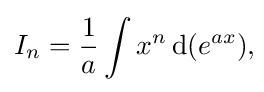
I_{n}={\frac {1}{a}}\int x^{n}\,{\text{d}}(e^{ax}),\!